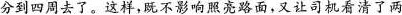
分到四周去了。这样，既不影响照亮路面，又让司机看清了两